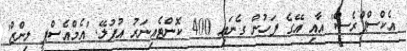
އެކްސްޕްރެސް' އާއި އޭގެ ފަހުން ގެނައި 400 ކޮންޓެއިނަރު އުފުލޭ